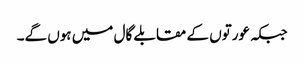
جبکہ عورتوں کے مقابلے گال میں ہوں گے۔